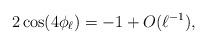
LaTeX: \begin{align*} 2 \cos(4 \phi_{\ell}) = -1 + O(\ell^{-1}), \end{align*}